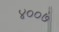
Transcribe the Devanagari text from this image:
४००७